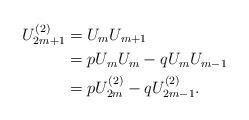
LaTeX: \begin{align*}U_{2m+1}^{(2)} &=U_{m}U_{m+1} \\&=pU_{m}U_{m}-qU_{m}U_{m-1} \\&=pU_{2m}^{(2)}-qU_{2m-1}^{(2)}.\end{align*}